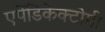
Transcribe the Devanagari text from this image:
एपेंडिकेक्टोमी